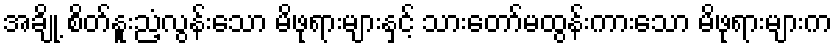
အချို့ စိတ်နူးညံ့လွန်းသော မိဖုရားများနှင့် သားတော်မထွန်းကားသော မိဖုရားများက